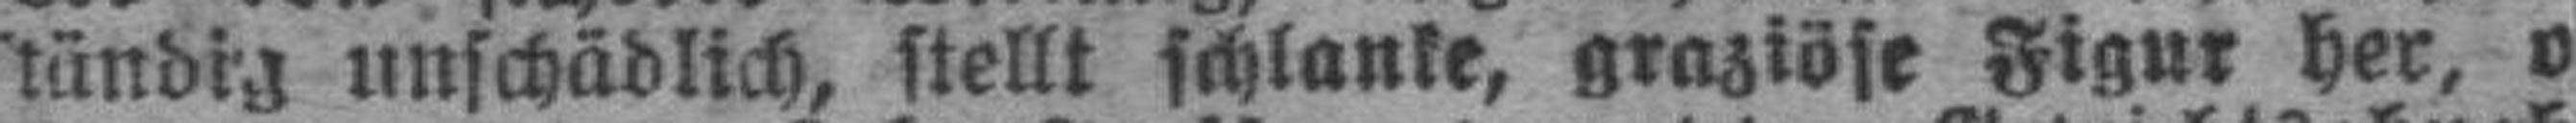
tündig unschädlich, stellt schlanke, graziöse Figur her, o###